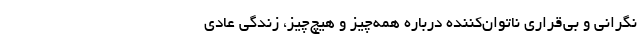
نگرانی و بی‌قراری ناتوان‌کننده درباره همه‌چیز و هیچ‌چیز، زندگی عادی